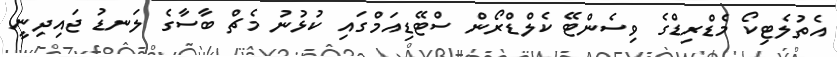
އެތުލެޓިކޯ މެޑްރިޑްގެ ވިސެންޓޭ ކެލްޑްރޯން ސްޓޭޑިއަމްގައި ކުޅުނު މެޗް ބާސާގެ ލަނޑު ޖައިދިނީ